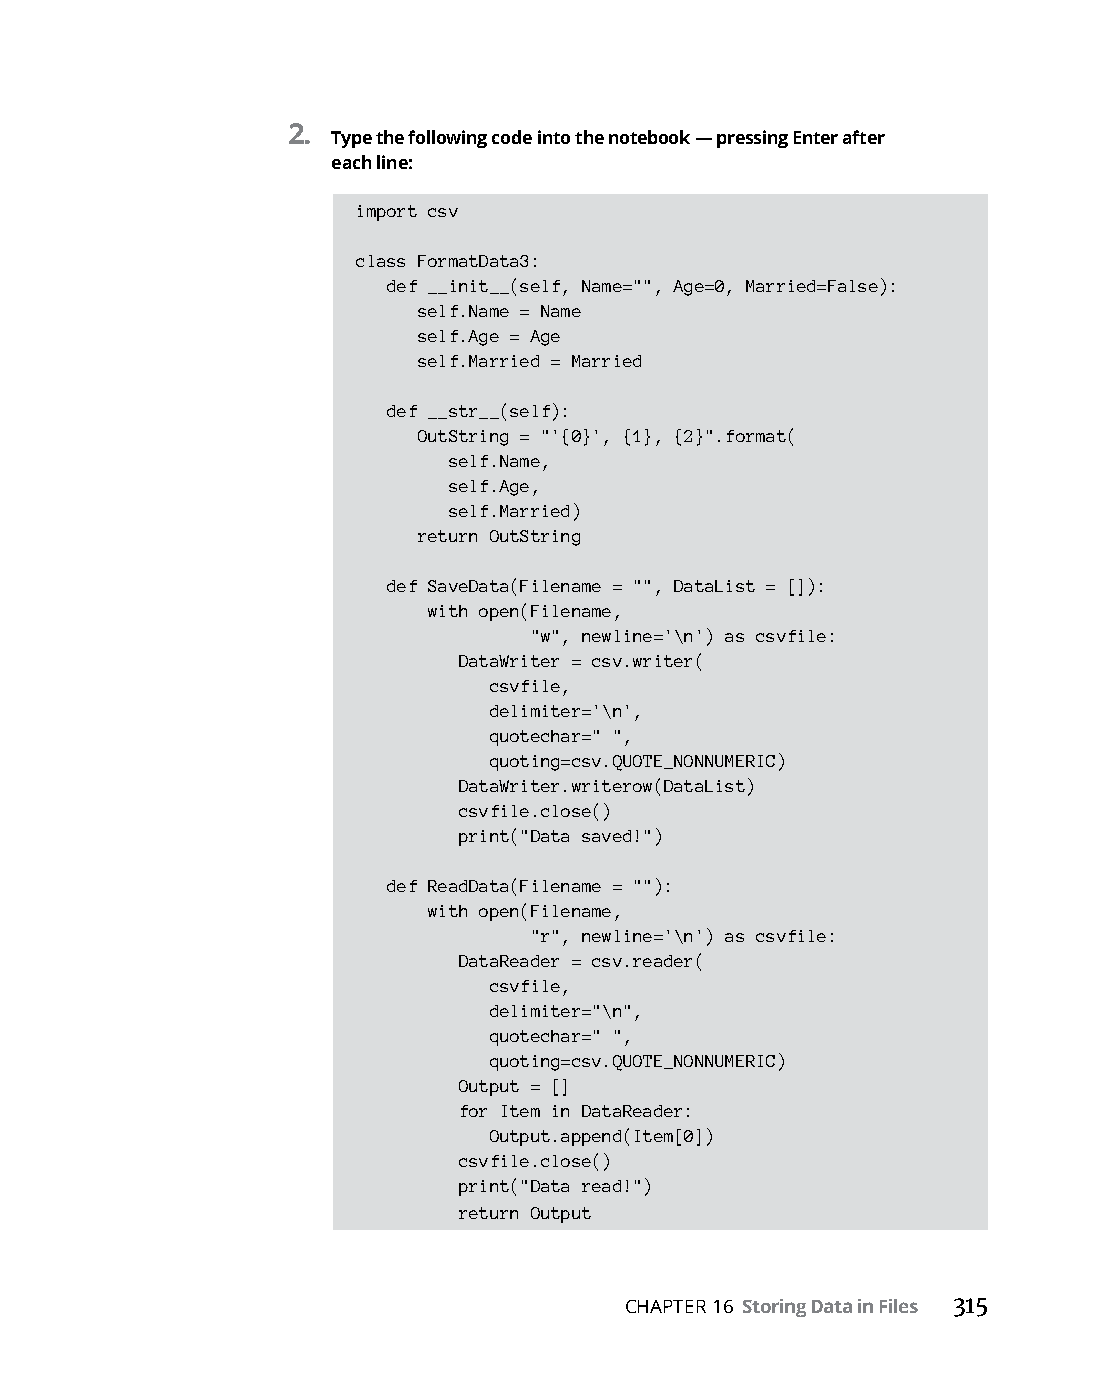
2.
 Type the following code into the notebook — pressing Enter after
 each line:
 import csv
 class FormatData3:
 def __init__(self, Name="", Age=0, Married=False):
 self.Name = Name
 self.Age = Age
 self.Married = Married
 def __str__(self):
 OutString = "'{0}', {1}, {2}".format(
 self.Name,
 self.Age,
 self.Married)
 return OutString
 def SaveData(Filename = "", DataList = []):
 with open(Filename,
 "w", newline='\n') as csvfile:
 DataWriter = csv.writer(
 csvfile,
 delimiter='\n',
 quotechar=" ",
 quoting=csv.QUOTE_NONNUMERIC)
 DataWriter.writerow(DataList)
 csvfile.close()
 print("Data saved!")
 def ReadData(Filename = ""):
 with open(Filename,
 "r", newline='\n') as csvfile:
 DataReader = csv.reader(
 csvfile,
 delimiter="\n",
 quotechar=" ",
 quoting=csv.QUOTE_NONNUMERIC)
 Output = []
 for Item in DataReader:
 Output.append(Item[0])
 csvfile.close()
 print("Data read!")
 return Output
 CHAPTER 16 Storing Data in Files 315